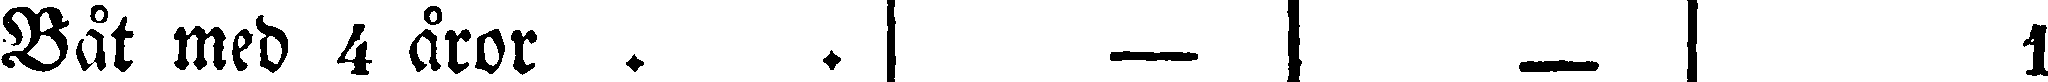
Båt med 4 åror . . | — | — | 1